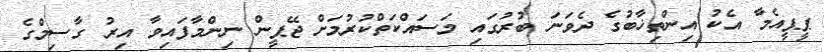
ޕީޕީއެމާ އެކު އިންތިޚާބުގެ ދެވަނަ ބުރުގައި މަސައްކަތްކުރުމަށް ޖޭޕީން ނިންމާފައިވާ އިރު ގާސިމްގެ